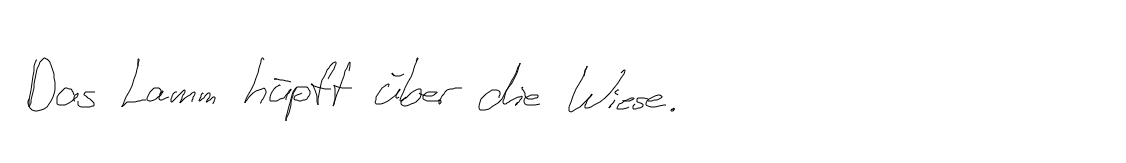
Das Lamm hüpft über die Wiese.